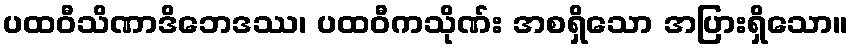
ပထဝီသိဏာဒိဘေဒဿ၊ ပထဝီကသိုဏ်း အစရှိသော အပြားရှိသော။